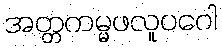
အတ္တကမ္မဖလူပဂေါ